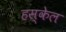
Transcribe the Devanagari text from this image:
हस्केल